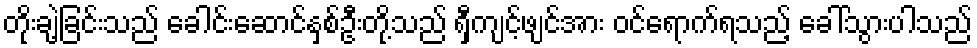
တိုးချဲ့ခြင်းသည် ခေါင်းဆောင်နှစ်ဦးတို့သည် ရှီကျင့်ဖျင်အား ဝင်ရောက်ရသည့် ခေါ်သွားပါသည်